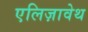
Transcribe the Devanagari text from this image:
एलिज़ावेथ